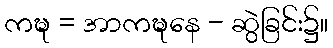
ကဍ္ဎ = အာကဍ္ဎနေ - ဆွဲခြင်း၌။